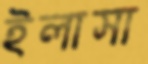
ইলাসা